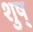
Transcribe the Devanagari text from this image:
शुष्